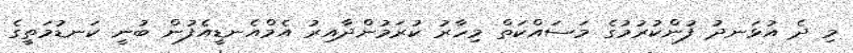
މި ދެ އުޅަނދު ފުންކުރުމުގެ މަސައްކަތް މިހާރު ކުރަމުންދާއިރު އެމްއެނޑީއެފުން ބުނީ ކަނޑުމަތީގެ